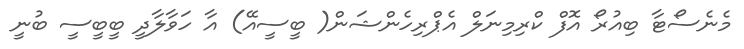
މެނެސޯޓާ ބިއުރޯ އޮފް ކްރިމިނަލް އެޕްރިހެންޝަން( ބީސީއޭ) އާ ހަވާލާދީ ބީބީސީ ބުނީ